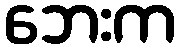
ဘေးက